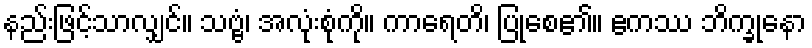
နည်းဖြင့်သာလျှင်။ သဗ္ဗံ၊ အလုံးစုံကို။ ကာရေတိ၊ ပြုစေ၏။ ဧကဿ ဘိက္ခုနော